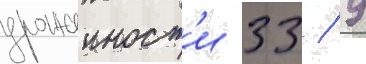
урожаиност'и 33 / 9